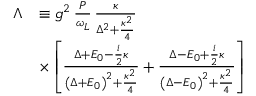
\begin{array} { r l } { \Lambda } & { \equiv g ^ { 2 } \, \frac { P } { \omega _ { L } } \, \frac { \kappa } { \Delta ^ { 2 } + \frac { \kappa ^ { 2 } } { 4 } } } \\ & { \times \left[ \frac { \Delta + E _ { 0 } - \frac { i } { 2 } \kappa } { \left( \Delta + E _ { 0 } \right) ^ { 2 } + \frac { \kappa ^ { 2 } } { 4 } } + \frac { \Delta - E _ { 0 } + \frac { i } { 2 } \kappa } { \left( \Delta - E _ { 0 } \right) ^ { 2 } + \frac { \kappa ^ { 2 } } { 4 } } \right] } \end{array}